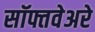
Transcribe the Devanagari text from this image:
सॉफ्तवेअरे